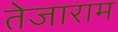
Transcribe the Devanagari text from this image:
तेजाराम